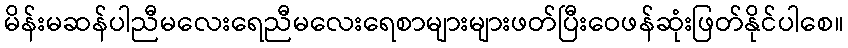
မိန်းမဆန်ပါညီမလေးရေညီမလေးရေစာများများဖတ်ပြီးဝေဖန်ဆုံးဖြတ်နိုင်ပါစေ။